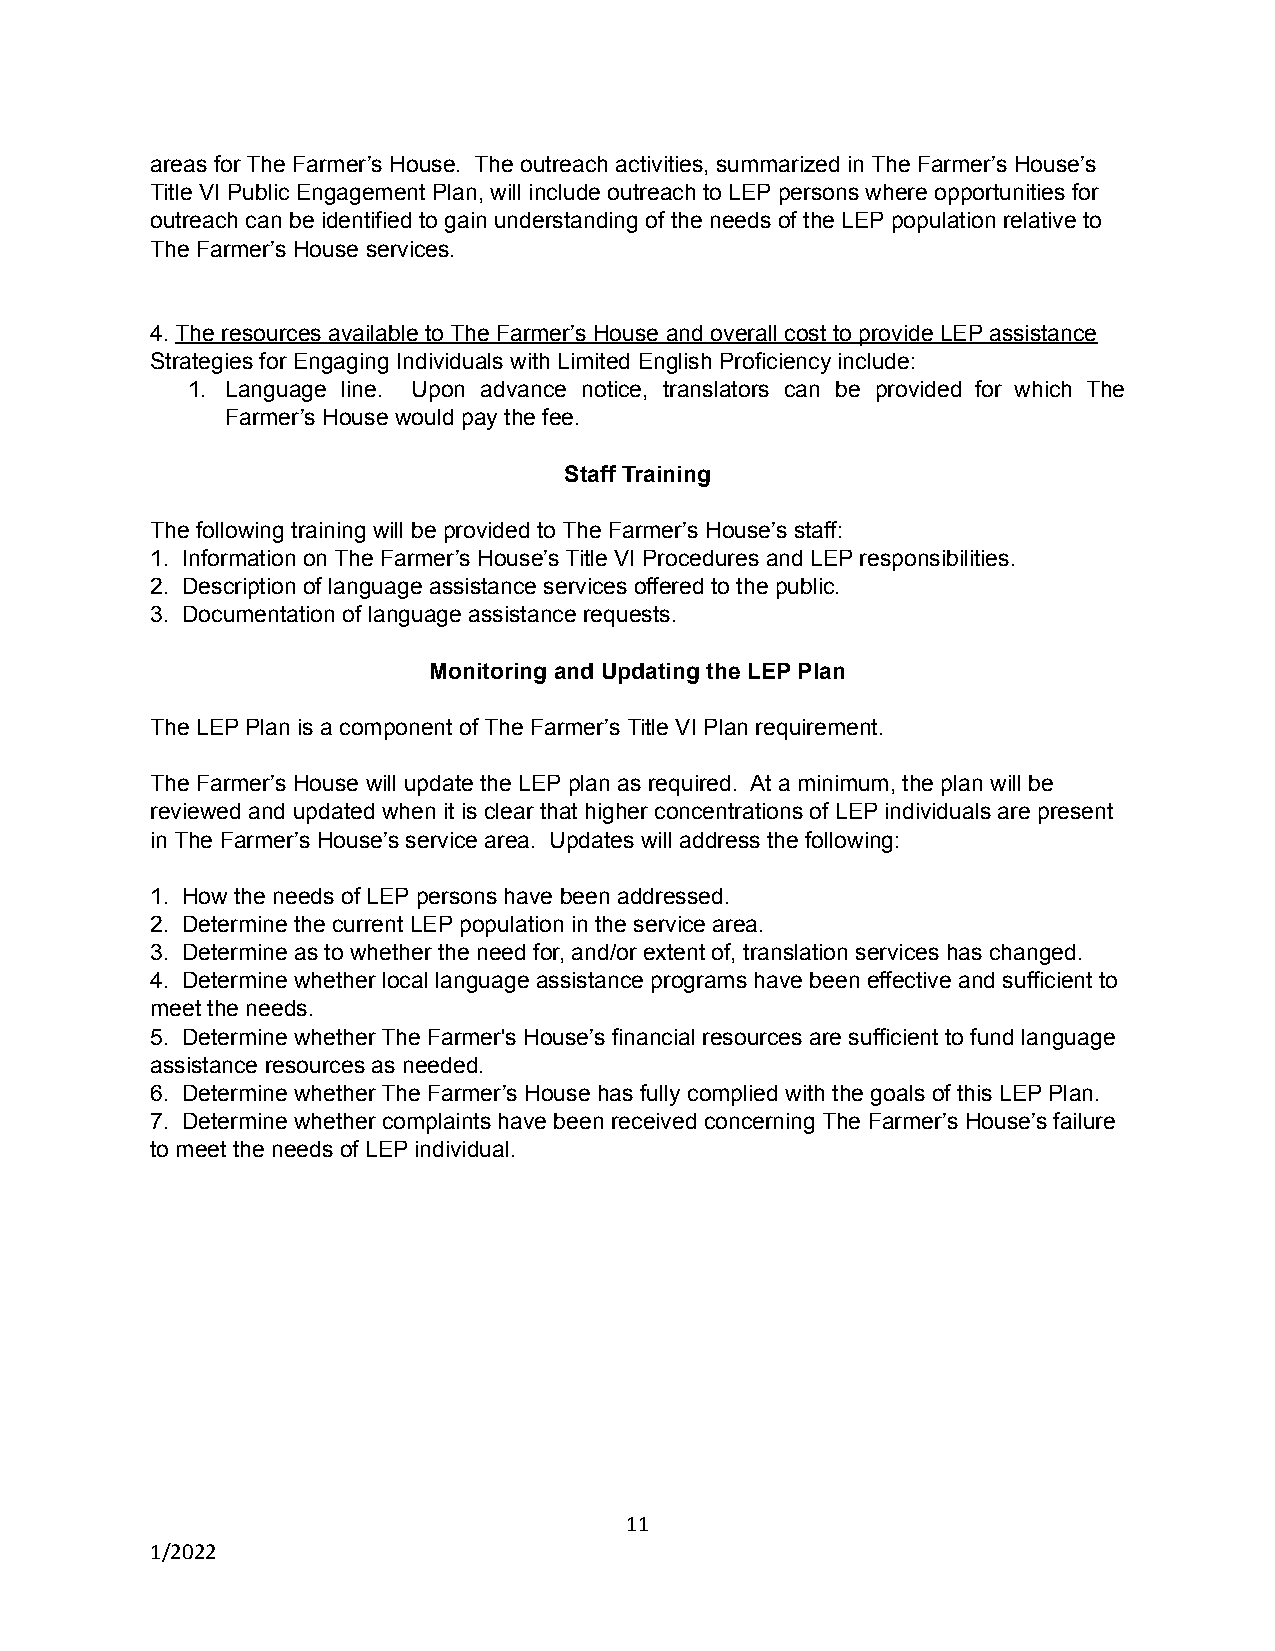
areas for The Farmer’s House. The outreach activities, summarized in The Farmer’s House’s
 Title VI Public Engagement Plan, will include outreach to LEP persons where opportunities for
 outreach can be identified to gain understanding of the needs of the LEP population relative to
 The Farmer’s House services.
 4. The resources available to The Farmer’s House and overall cost to provide LEP assistance
 Strategies for Engaging Individuals with Limited English Proficiency include:
 1. Language line. Upon advance notice, translators can be provided for which The
 Farmer’s House would pay the fee.
 Staff Training
 The following training will be provided to The Farmer’s House’s staff:
 1. Information on The Farmer’s House’s Title VI Procedures and LEP responsibilities.
 2. Description of language assistance services offered to the public.
 3. Documentation of language assistance requests.
 Monitoring and Updating the LEP Plan
 The LEP Plan is a component of The Farmer’s Title VI Plan requirement.
 The Farmer’s House will update the LEP plan as required. At a minimum, the plan will be
 reviewed and updated when it is clear that higher concentrations of LEP individuals are present
 in The Farmer’s House’s service area. Updates will address the following:
 1. How the needs of LEP persons have been addressed.
 2. Determine the current LEP population in the service area.
 3. Determine as to whether the need for, and/or extent of, translation services has changed.
 4. Determine whether local language assistance programs have been effective and sufficient to
 meet the needs.
 5. Determine whether The Farmer's House’s financial resources are sufficient to fund language
 assistance resources as needed.
 6. Determine whether The Farmer’s House has fully complied with the goals of this LEP Plan.
 7. Determine whether complaints have been received concerning The Farmer’s House’s failure
 to meet the needs of LEP individual.
 11
 1/2022